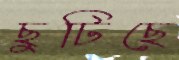
ছুটিছে